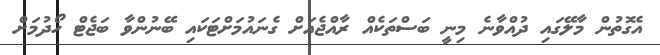
އެގޮތުން މާލޭގައި ދުއްވާނެ މިނީ ބަސްތަކެއް ރާއްޖެއަށް ގެނައުމަށްޓަކައި ބޭނުންވާ ބަޖެޓް ހޯދުމަށް